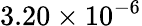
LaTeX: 3.20\times 10^{-6}